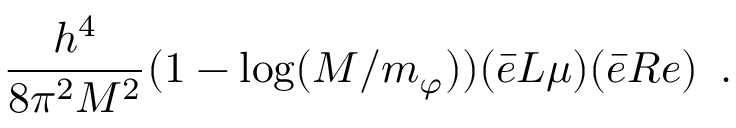
{ \frac { h ^ { 4 } } { 8 \pi ^ { 2 } M ^ { 2 } } } ( 1 - \mathrm { l o g } ( M / m _ { \varphi } ) ) ( \bar { e } L \mu ) ( \bar { e } R e ) \, \, \, .